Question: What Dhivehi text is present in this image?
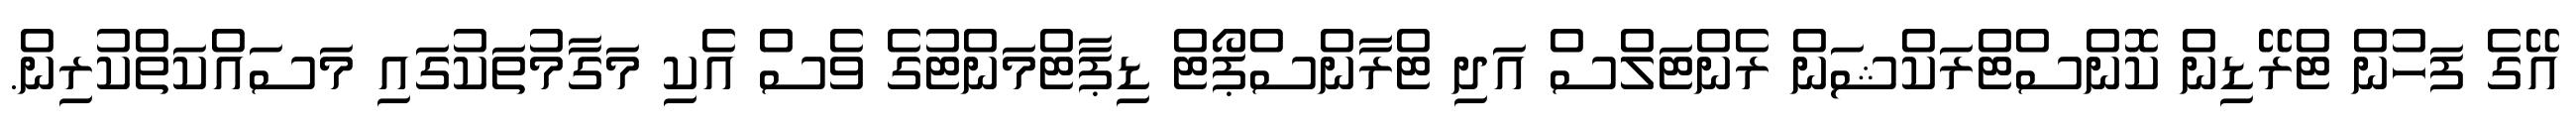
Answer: އޭގެ ފަހުން ޓްރޭޑިން ކޮންސްޓްރަކްޝަން ރެންޓަލްސް އަދި ޓްރާންސްޕޯޓް ޑިޕާޓްމަންޓުގެ ވެސް އެކި މަގާމުތަކުގައި މަސައްކަތްކުރިން.